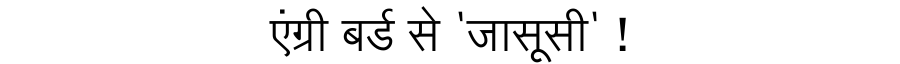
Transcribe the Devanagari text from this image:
एंग्री बर्ड से 'जासूसी' !